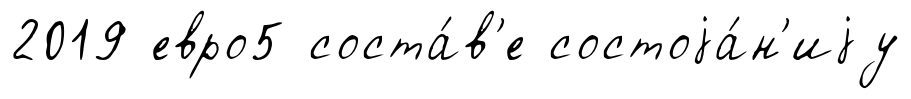
2019 евро5 соста́в'е состоjа́н'иjу